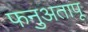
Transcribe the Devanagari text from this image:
फनुअतापू